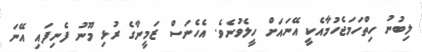
ލިބުނު ހިތްހަމަޖެހުމާއެކީ އޭނައަށް ހީލެވުނެވެ. އެހެނަސް ޒަމީނާގެ ރުޅި މޫނު ފެނިފައި އޭނަ